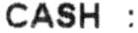
CASH :